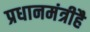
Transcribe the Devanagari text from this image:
प्रधानमंत्रीहै